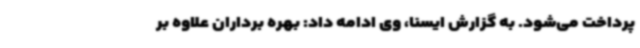
پرداخت می‌شود. به گزارش ایسنا، وی ادامه داد: بهره برداران علاوه بر